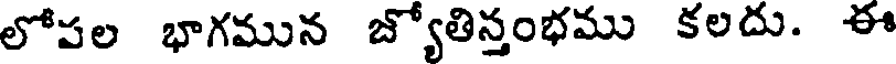
లోపల భాగమున జ్యోతిస్తంభము కలదు. ఈ